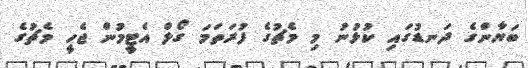
ބަޔާންގެ ދަނޑުގައި ކުޅުނު މި މެޗުގެ ފުރަތަމަ ގޯލް އެޓީމުން ޖެހީ މެޗުގެ